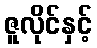
ဇူလိုင်နှင့်